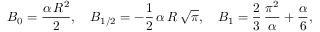
B _ { 0 } = \frac { \alpha \, R ^ { 2 } } { 2 } , \quad B _ { 1 / 2 } = - \frac { 1 } { 2 } \, \alpha \, R \, \sqrt \pi , \quad B _ { 1 } = \frac { 2 } { 3 } \, \frac { \pi ^ { 2 } } { \alpha } + \frac { \alpha } { 6 } ,